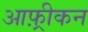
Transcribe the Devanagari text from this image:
आफ़्रीकन